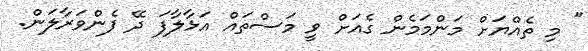
" މި ތެއްޔަށް މަންމަމެން ގެއަށް ވީ މަސްތައް އަޅާލާފަ ދޭ ފެންވަރާލަން.